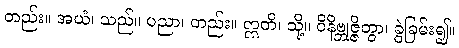
တည်း။ အယံ၊ သည်။ ပညာ၊ တည်း။ ဣတိ၊ သို့။ ဝိနိဗ္ဘုဇ္ဇိတွာ၊ ခွဲခြမ်း၍။